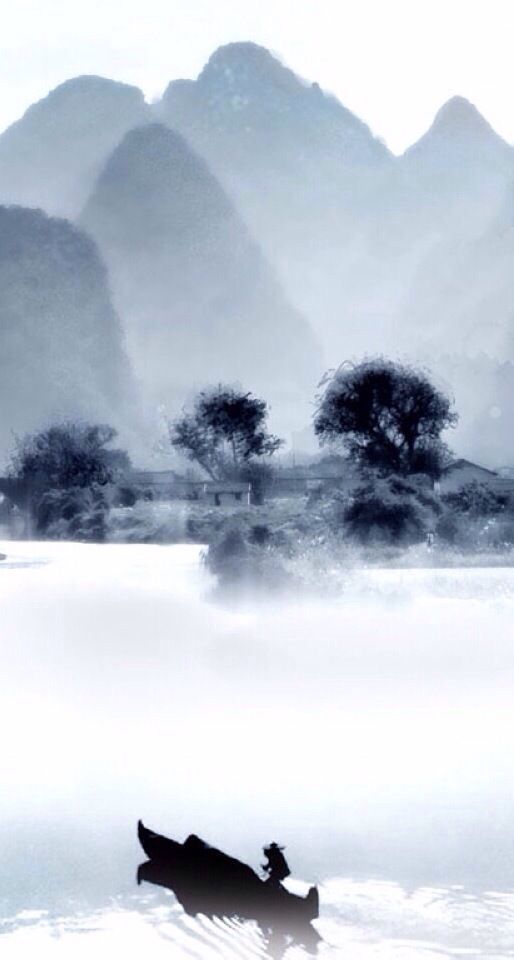
微雨霭芳原，春鸠鸣何处。